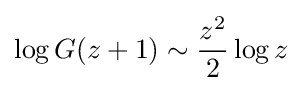
\log G(z+1)\sim {\frac {z^{2}}{2}}\log z